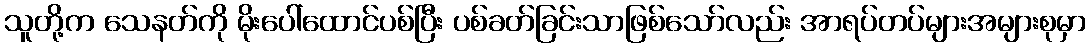
သူတို့က သေနတ်ကို မိုးပေါ်ထောင်ပစ်ပြီး ပစ်ခတ်ခြင်းသာဖြစ်သော်လည်း အာရပ်တပ်များအများစုမှာ